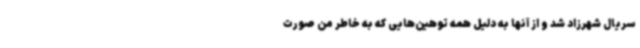
سریال شهرزاد شد و از آنها به دلیل همه توهین‌هایی که به خاطر من صورت